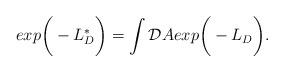
LaTeX: \begin{align*}exp\bigg( - L^*_D \bigg) = \int {\cal D}A exp \bigg( - L_D \bigg).\end{align*}